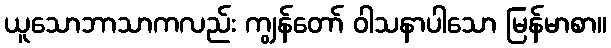
ယူသောဘာသာကလည်း ကျွန်တော် ဝါသနာပါသော မြန်မာစာ။